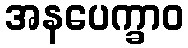
အနပေက္ခာဝ